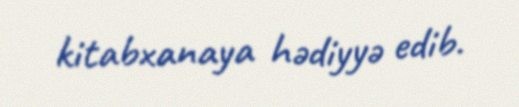
kitabxanaya hədiyyə edib.